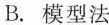
B.模型法